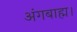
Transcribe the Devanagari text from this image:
अंगबाह्म।